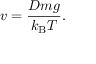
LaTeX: v = { \frac { D m g } { k _ { \mathrm { { B } } } T } } .